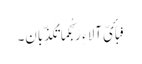
فَبِأَیِّ آلاء ِ رَبِّکُما تُکَذِّبانِ۔